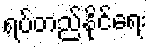
ရပ်တည်နိုင်ရေး